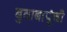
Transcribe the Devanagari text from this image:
बुवाबापूंची